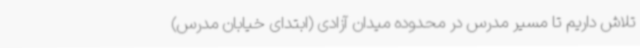
تلاش داریم تا مسیر مدرس در محدوده میدان آزادی (ابتدای خیابان مدرس)